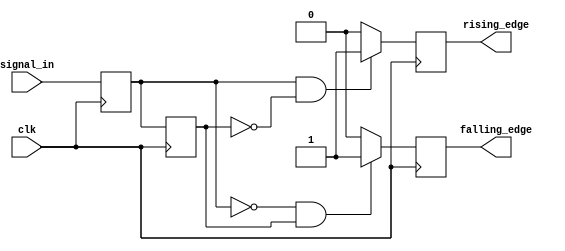
module edge_detector (
    input wire clk,              // Clock signal
    input wire signal_in,        // Input signal to monitor
    output reg rising_edge,      // Output signal for rising edge detection
    output reg falling_edge      // Output signal for falling edge detection
);

    reg previous_state;          // Register to hold the previous state of signal_in
    reg current_state;           // Register to hold the current state of signal_in

    // Always block triggered on the rising edge of the clock
    always @(posedge clk) begin
        // Update current state with the input signal
        current_state <= signal_in;

        // Edge detection logic
        rising_edge <= (current_state == 1'b1 && previous_state == 1'b0) ? 1'b1 : 1'b0;
        falling_edge <= (current_state == 1'b0 && previous_state == 1'b1) ? 1'b1 : 1'b0;

        // Update previous state for the next clock cycle
        previous_state <= current_state;
    end

    // Initialize previous_state to avoid unknown states at startup
    initial begin
        previous_state = 1'b0; // Assuming initial state is low
        rising_edge = 1'b0;
        falling_edge = 1'b0;
    end

endmodule